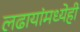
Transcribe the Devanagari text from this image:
लढायांमध्येही